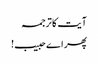
آیت کا ترجمہ
پھر اے حبیب!